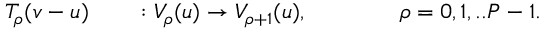
T _ { \rho } ( v - u ) \qquad : V _ { \rho } ( u ) \rightarrow V _ { \rho + 1 } ( u ) , \qquad \qquad \rho = 0 , 1 , . . P - 1 .